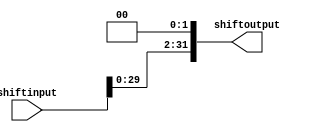
`timescale 1ns / 1ps
//////////////////////////////////////////////////////////////////////////////////
// Company: 
// Engineer: 
// 
// Design Name: 
// Module Name: ShiftLeft2
// Project Name: 
// Target Devices: 
// Tool Versions: 
// Description: 
// 
// Dependencies: 
// 
// Revision:
// Revision 0.01 - File Created
// Additional Comments:
// 
//////////////////////////////////////////////////////////////////////////////////


module ShiftLeft2 (
    shiftinput,
    shiftoutput
);
  input [31:0] shiftinput;
  output reg [31:0] shiftoutput;

  always @(*) begin
    shiftoutput <= shiftinput << 2;
  end
endmodule